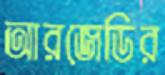
আরজেডির